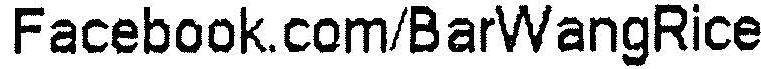
FACEBOOK.COM/BARWANGRICE